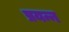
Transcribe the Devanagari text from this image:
प्रयन्न